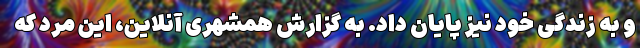
و به زندگی خود نیز پایان داد. به گزارش همشهری آنلاین، این مرد که